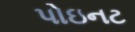
પોઇનટ